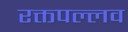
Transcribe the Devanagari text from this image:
रक्तपल्लव